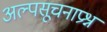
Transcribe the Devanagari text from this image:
अल्पसूचनाप्रश्न